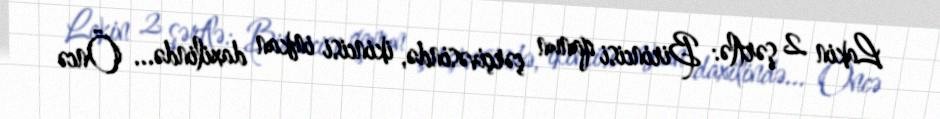
Lakin 2 şərtlə: Birincisi qanun çərçivəsində, ikincisi imkan daxilində... Öncə